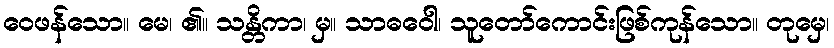
ဝေဖန်သော။ မေ၊ ၏။ သန္တိကာ၊ မှ။ သာဓဝေါ၊ သူတော်ကောင်းဖြစ်ကုန်သော။ တုမှေ၊